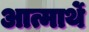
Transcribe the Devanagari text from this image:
आत्मार्थे